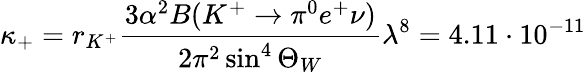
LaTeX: \kappa_{+}=r_{K^{+}}\frac{3\alpha^{2}B(K^{+}\to\pi^{0}e^{+}\nu)}{2\pi^{2}\sin^{4}\Theta_{W}}\lambda^{8}=4.11\cdot 10^{-11}